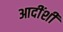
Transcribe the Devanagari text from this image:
आदींशी